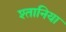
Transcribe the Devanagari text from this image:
श्तानिया